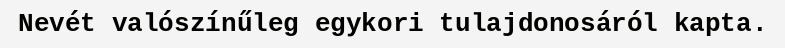
Nevét valószínűleg egykori tulajdonosáról kapta.